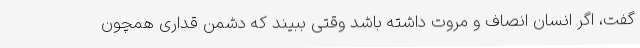
گفت، اگر انسان انصاف و مروت داشته باشد وقتی ببیند که دشمن قداری همچون